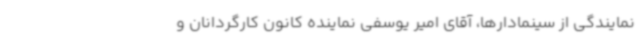
نمایندگی از سینمادارها، آقای امیر یوسفی نماینده کانون کارگردانان و